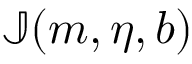
\mathbb { J } ( \boldsymbol { m } , \eta , b )